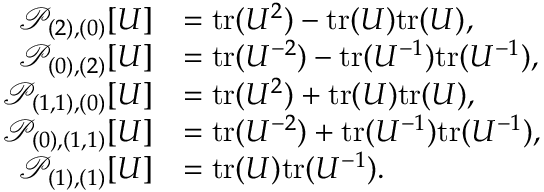
\begin{array} { r l } { \mathcal { P } _ { ( 2 ) , ( 0 ) } [ U ] } & { = \mathrm { t r } ( U ^ { 2 } ) - \mathrm { t r } ( U ) \mathrm { t r } ( U ) , } \\ { \mathcal { P } _ { ( 0 ) , ( 2 ) } [ U ] } & { = \mathrm { t r } ( U ^ { - 2 } ) - \mathrm { t r } ( U ^ { - 1 } ) \mathrm { t r } ( U ^ { - 1 } ) , } \\ { \mathcal { P } _ { ( 1 , 1 ) , ( 0 ) } [ U ] } & { = \mathrm { t r } ( U ^ { 2 } ) + \mathrm { t r } ( U ) \mathrm { t r } ( U ) , } \\ { \mathcal { P } _ { ( 0 ) , ( 1 , 1 ) } [ U ] } & { = \mathrm { t r } ( U ^ { - 2 } ) + \mathrm { t r } ( U ^ { - 1 } ) \mathrm { t r } ( U ^ { - 1 } ) , } \\ { \mathcal { P } _ { ( 1 ) , ( 1 ) } [ U ] } & { = \mathrm { t r } ( U ) \mathrm { t r } ( U ^ { - 1 } ) . } \end{array}